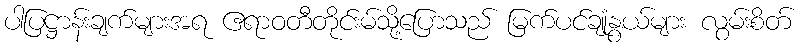
ပါပြဋ္ဌာန်းချက်များအရ ဧရာဝတီတိုင်းမ်သို့ပြောသည် မြက်ပင်ချုံနွယ်များ လွမ်းစိတ်